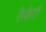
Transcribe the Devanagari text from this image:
है।केरी